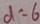
d = 6